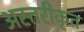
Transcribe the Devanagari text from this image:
अस्तरीकृत